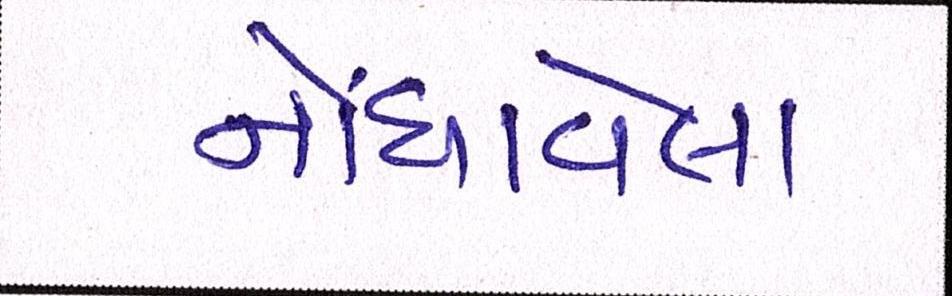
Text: નોંધાવેલા